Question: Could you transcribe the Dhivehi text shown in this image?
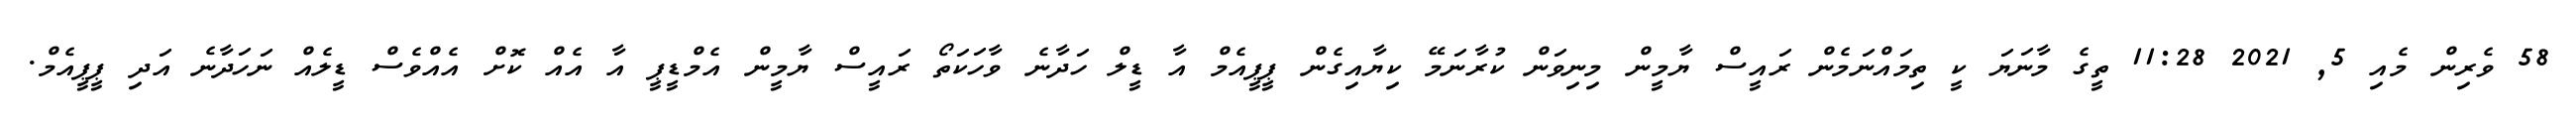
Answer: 58 ވެރިން މެއި 5, 2021 11:28 ތީގެ މާނަޔަ ކީ ތިމައްނަމެން ރައީސް ޔާމީން މިނިވަން ކުރާނަމޭ ކިޔާއިގެން ޕީޕީއެމް އާ ޑީލް ހަދާނެ ވާހަކަތޯ ރައީސް ޔާމީން އެމްޑީޕީ އާ އެއް ކޮށް އެއްވެސް ޑީލެއް ނަހަދާނެ އަދި ޕީޕީއެމް.